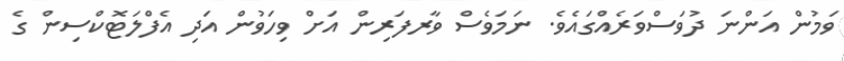
ވަމުން އަންނަ ދުވަސްވަރެއްގައެވެ. ނަމަވެސް ވާރފަރިން އަށް ވިހަވުން އަދި އެފްލަޓޮކްސިން ގެ